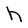
Character: h